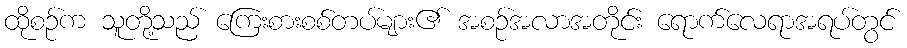
ထိုစဉ်က သူတို့သည် ကြေးစားစစ်တပ်များ၏ အစဉ်အလာအတိုင်း ရောက်လေရာအရပ်တွင်